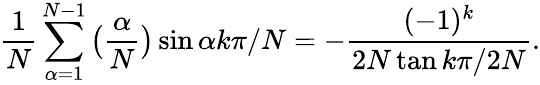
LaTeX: \frac{1}{N}\sum_{\alpha=1}^{N-1}\big(\frac{\alpha}{N}\big)\sin\alpha k\pi/N=-\frac{(-1)^{k}}{2N\tan k\pi/2N}.